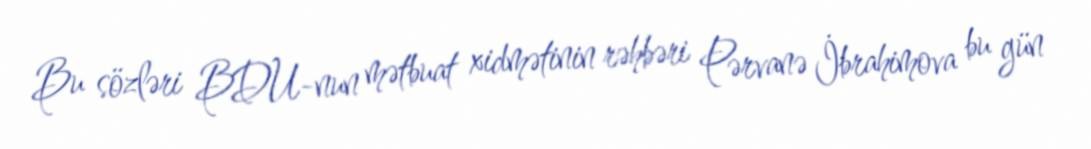
Bu sözləri BDU-nun mətbuat xidmətinin rəhbəri Pərvanə İbrahimova bu gün